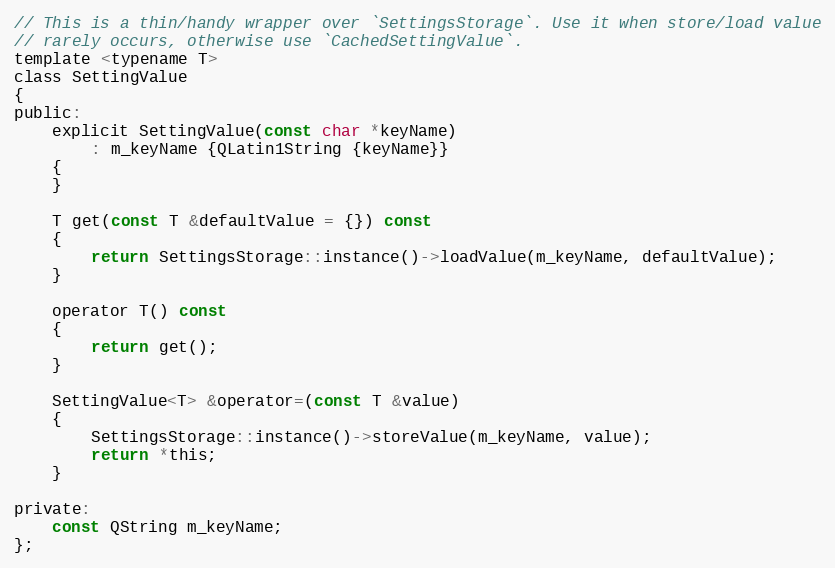
Language: C
// This is a thin/handy wrapper over `SettingsStorage`. Use it when store/load value
// rarely occurs, otherwise use `CachedSettingValue`.
template <typename T>
class SettingValue
{
public:
    explicit SettingValue(const char *keyName)
        : m_keyName {QLatin1String {keyName}}
    {
    }

    T get(const T &defaultValue = {}) const
    {
        return SettingsStorage::instance()->loadValue(m_keyName, defaultValue);
    }

    operator T() const
    {
        return get();
    }

    SettingValue<T> &operator=(const T &value)
    {
        SettingsStorage::instance()->storeValue(m_keyName, value);
        return *this;
    }

private:
    const QString m_keyName;
};